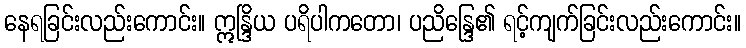
နေရခြင်းလည်းကောင်း။ ဣန္ဒြိယ ပရိပါကတော၊ ပညိန္ဒြေ၏ ရင့်ကျက်ခြင်းလည်းကောင်း။